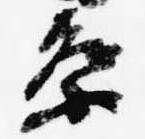
祭